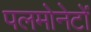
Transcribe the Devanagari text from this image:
पलमोनेटों